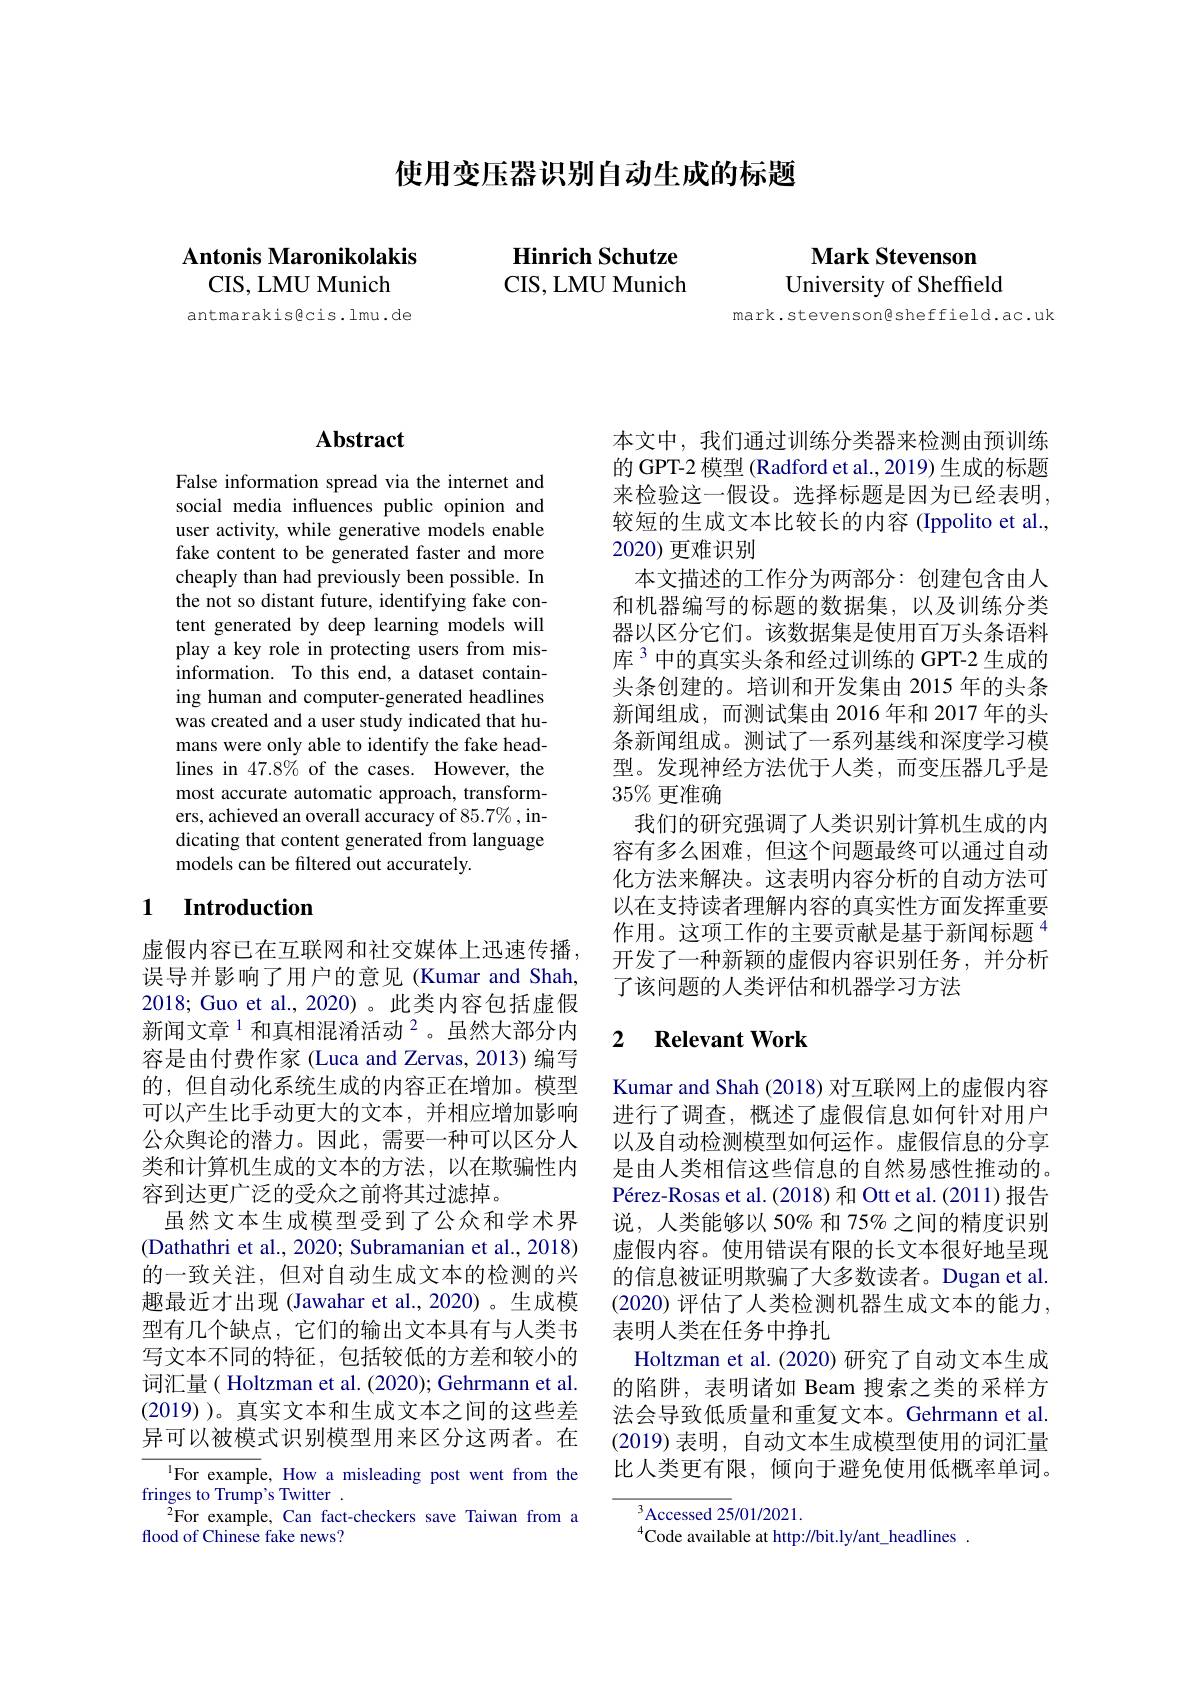
使用变压器识别自动生成的标题

Hinrich Schutze CIS, LMU Munich

Mark Stevenson

University of Sheffield

mark.stevenson@sheffield.ac.uk

Antonis Maronikolakis
CIS, LMU Munich

antmarakisgcis.lmu.de

# Abstract

False information spread via the internet and social media influences public opinion and user activity, while generative models enable fake content to be generated faster and more cheaply than had previously been possible. In the not so distant future, identifying fake content generated by deep learning models will play a key role in protecting users from misinformation. To this end, a dataset containing human and computer-generated headlines was created and a user study indicated that humans were only able to identify the fake headlines in 47.8% of the cases. However, the most accurate automatic approach, transformers, achieved an overall accuracy of 85.7%, indicating that content generated from language models can be filtered out accurately.

## 1 Introduction

虚假内容已在互联网和社交媒体上迅速传播， 误导并影响了用户的意见(Kumar and Shah, 2018; Guo et al., 2020)。此类内容包括虚假新闻文章$^{1}$和真相混淆活动$^{2}$。虽然大部分内容是由付费作家 (Luca and Zervas, 2013) 编写的，但自动化系统生成的内容正在增加。模型可以产生比手动更大的文本，并相应增加影响公众舆论的潜力。因此，需要一种可以区分人类和计算机生成的文本的方法，以在欺骗性内容到达更广泛的受众之前将其过滤掉。
虽然文本生成模型受到了公众和学术界(Dathathri et al., 2020; Subramanian et al., 2018) 的一致关注，但对自动生成文本的检测的兴趣最近才出现 (Jawahar et al.,2020)。生成模型有几个缺点，它们的输出文本具有与人类书写文本不同的特征，包括较低的方差和较小的词汇量( Holtzman et al. (2020); Gehrmann et al. (2019) )。真实文本和生成文本之间的这些差异可以被模式识别模型用来区分这两者。在
${^{1}\text{For example, How a misleading post went from the}}$

fringes to Trump's Twitter .
$^{2}$For example, Can fact-checkers save Taiwan from a
flood of Chinese fake news?

本文中，我们通过训练分类器来检测由预训练的 GPT-2 模型 (Radford et al., 2019) 生成的标题来检验这一假设。选择标题是因为已经表明， 较短的生成文本比较长的内容 (Ippolito et al., 2020) 更难识别
本文描述的工作分为两部分：创建包含由人和机器编写的标题的数据集，以及训练分类器以区分它们。该数据集是使用百万头条语料库$^{3}$中的真实头条和经过训练的 GPT-2 生成的头条创建的。培训和开发集由 2015 年的头条新闻组成，而测试集由 2016 年和 2017 年的头条新闻组成。测试了一系列基线和深度学习模型。发现神经方法优于人类，而变压器几乎是$35\%$更准确
我们的研究强调了人类识别计算机生成的内容有多么困难，但这个问题最终可以通过自动化方法来解决。这表明内容分析的自动方法可以在支持读者理解内容的真实性方面发挥重要作用。这项工作的主要贡献是基于新闻标题$^{4}$ 开发了一种新颖的虚假内容识别任务，并分析了该问题的人类评估和机器学习方法

### 2 $\textbf{Relevant Work}$

Kumar and Shah (2018) 对互联网上的虚假内容进行了调查，概述了虚假信息如何针对用户以及自动检测模型如何运作。虚假信息的分享是由人类相信这些信息的自然易感性推动的。Pérez-Rosas et al.(2018) 和 Ott et al.(2011) 报告说，人类能够以 50% 和 75% 之间的精度识别虚假内容。使用错误有限的长文本很好地呈现的信息被证明欺骗了大多数读者。Dugan et al. (2020) 评估了人类检测机器生成文本的能力， 表明人类在任务中挣扎
Holtzman et al. (2020) 研究了自动文本生成的陷阱，表明诸如 Beam 搜索之类的采样方法会导致低质量和重复文本。Gehrmann et al (2019)表明 , 自动文本生成模型使用的词汇量比人类更有限，倾向于避免使用低概率单词。

$^3$Accessed 25/01/2021.
$^{4}$Code available at http://bit.ly/ant\_headlines